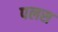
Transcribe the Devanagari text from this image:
पलस